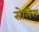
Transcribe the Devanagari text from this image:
सेलिस